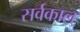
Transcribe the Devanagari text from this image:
सर्वकाल